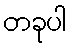
တခုပါ